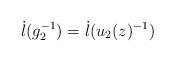
LaTeX: \begin{align*}\dot{l}(g_2^{-1})=\dot{l}(u_2(z)^{-1})\end{align*}